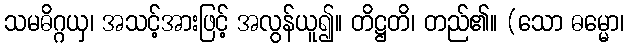
သမဓိဂ္ဂယှ၊ အသင့်အားဖြင့် အလွန်ယူ၍။ တိဋ္ဌတိ၊ တည်၏။ (သော ဓမ္မော၊